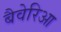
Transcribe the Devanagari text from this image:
बैवेरिआ